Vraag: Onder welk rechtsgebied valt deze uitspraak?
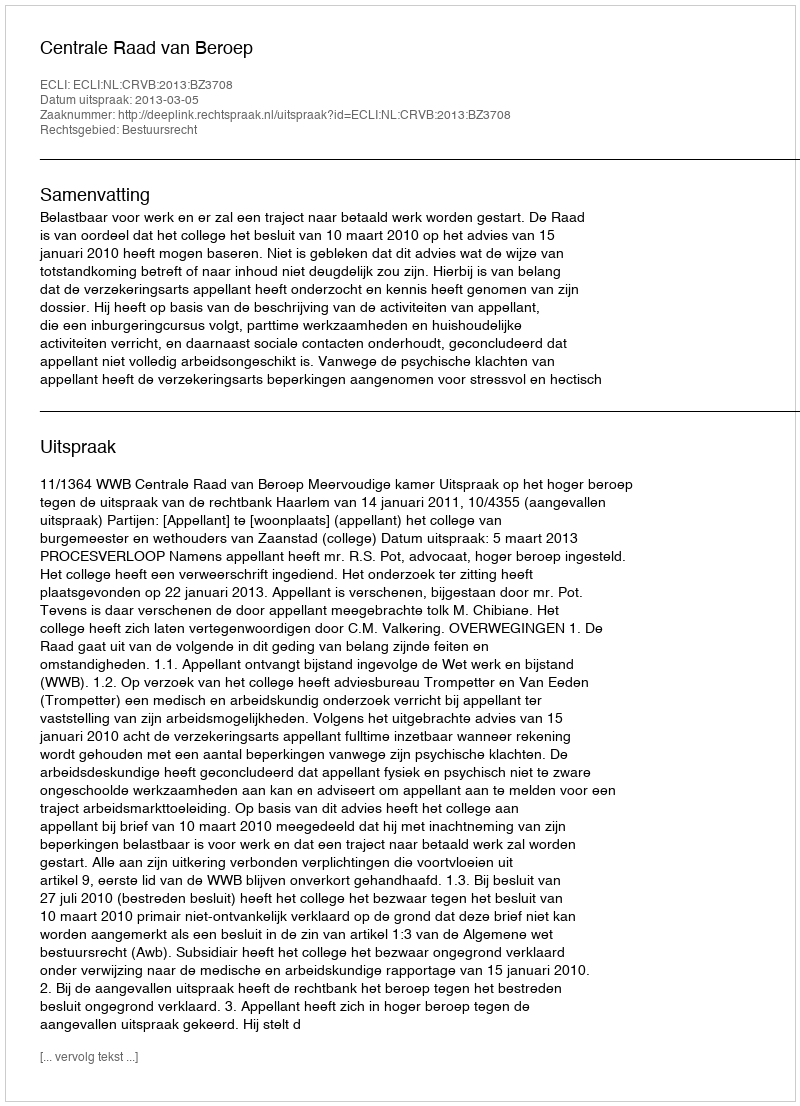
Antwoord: Bestuursrecht